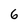
Character: 6